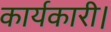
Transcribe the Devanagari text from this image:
कार्यकारी।